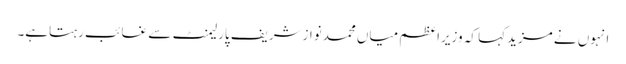
انہوں نے مزیدکہا کہ وزیراعظم میاں محمدنوازشریف پارلیمنٹ سے غائب رہتاہے۔